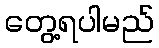
တွေ့ရပါမည်